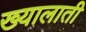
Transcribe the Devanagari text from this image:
ख्यालाती